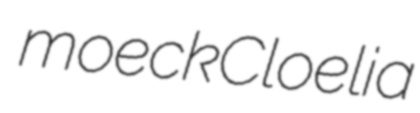
moeck Cloelia